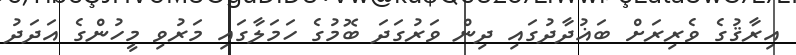
އިރާޤުގެ ވެރިރަށް ބަޣުދާދުގައި ދިން ވަރުގަދަ ބޮމުގެ ހަމަލާގައި މަރުވި މީހުންގެ އަދަދު